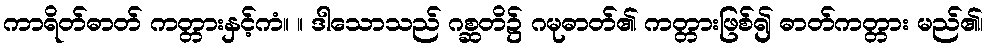
ကာရိတ်ဓာတ် ကတ္တားနှင့်ကံ။ ။ ဒါသောသည် ဂစ္ဆတိ၌ ဂမုဓာတ်၏ ကတ္တားဖြစ်၍ ဓာတ်ကတ္တား မည်၏၊